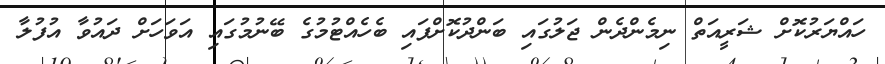
ހައްޔަރުކޮށް ޝަރީއަތް ނިމެންދެން ޖަލުގައި ބަންދުކޮށްފައި ބެހެއްޓުމުގެ ބޭނުމުގައި އަވަހަށް ދައުވާ އުފުލާ